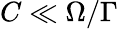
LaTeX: C\ll\Omega/\Gamma